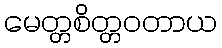
မေတ္တစိတ္တဝတာယ